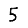
Digit: 5